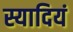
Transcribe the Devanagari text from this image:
स्यादियं